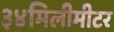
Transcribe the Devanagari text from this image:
३४मिलीमीटर